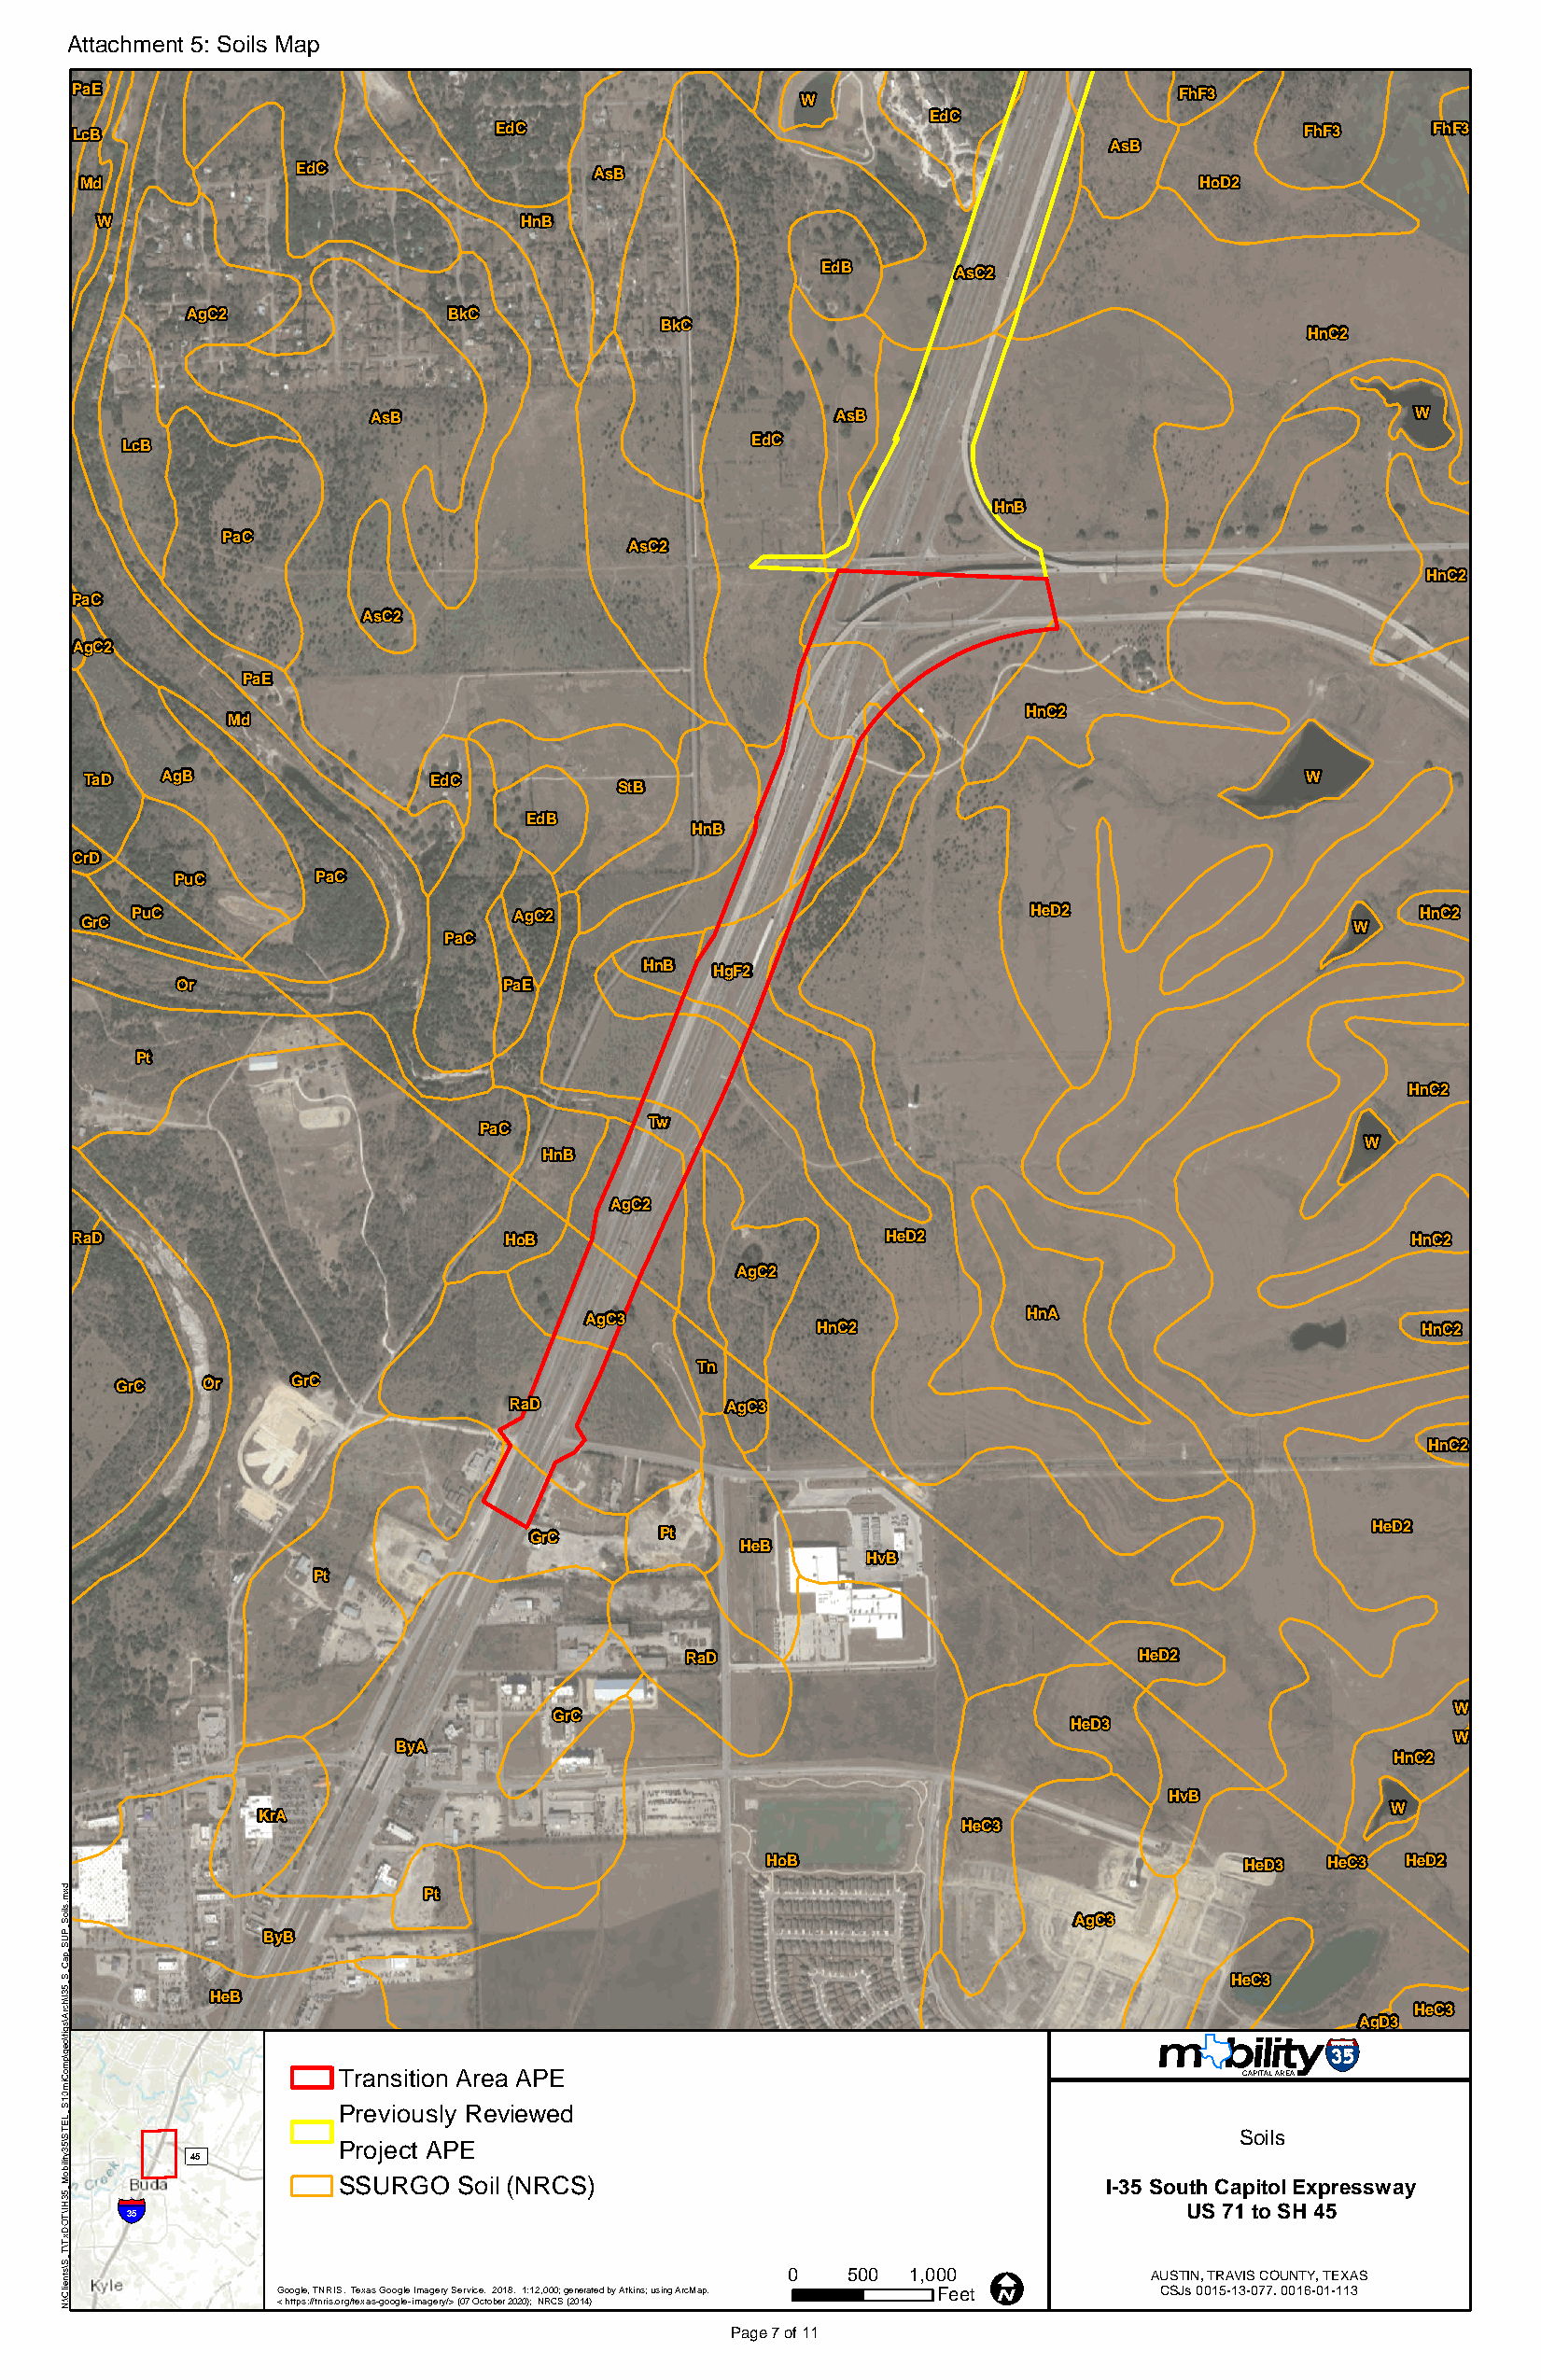
Attachment 5: Soils Map
 PaE                                                                            FhF3
 W
 EdC
 LcB                           EdC                                                      FhF3      FhF3
 AsB
 EdC                  AsB
 Md                                                                             HoD2
 W                             HnB
 EdB       AsC2
 AgC2               BkC
 BkC
 HnC2
 AsB                              AsB                                      W
 EdC
 LcB
 HnB
 PaC
 AsC2
 HnC2
 PaC
 AsC2
 AgC2
 PaE
 HnC2
 Md
 TaD  AgB                EdC                                                            W
 StB
 EdB
 HnB
 CrD
 PuC       PaC
 PuC                        AgC2                                 HeD2                        HnC2
 GrC                                                                                       W
 PaC
 HnB  HgF2
 Or                      PaE
 Pt
 HnC2
 Tw
 PaC
 W
 HnB
 AgC2
 RaD                            HoB                        HeD2                                 HnC2
 AgC2
 AgC3                            HnA
 HnC2                                       HnC2
 Tn
 GrC   Or     GrC
 RaD            AgC3
 HnC2
 HeD2
 GrC      Pt
 HeB
 HvB
 Pt
 RaD                             HeD2
 W
 GrC
 HeD3
 W
 ByA
 HnC2
 HvB
 W
 KrA
 HeC3
 HoB                               HeD3  HeC3  HeD2
 Pt
 AgC3
 ByB
 HeC3
 HeB
 HeC3
 AgD3
 Transiti on Area APE                                            CAPITAL AREA
 Previously Reviewed
 Soils
 ³          Project APE
 45
 SSURGO  Soil (NRCS)                                   I-35 South Capitol Expressway
 §¨¦
 35                                                                         US 71 to SH 45
 0   500 1,000 I           AUSTIN, TRAVIS COUNTY, TEXAS
 Google, TNRIS. Texas Google Imagery Service. 2018. 1:12,000; generated by Atkins; using ArcMap. Feet CSJs 0015-13-077. 0016-01-113
 < https://tnris.org/texas-google-imagery/> (07 October 2020); NRCS (2014)
 Page7 of 11
 dxm.slioS_PUS_paC_S_53I\hcrA\sgif\oeg\pmoCim01S_LETS\53ytiliboM_53HI\TODxT\T_S\stneilC\:N
 ±